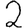
Digit: 2